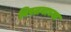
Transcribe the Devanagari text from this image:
विस्तवाच्या